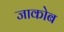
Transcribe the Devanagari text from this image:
जाकोब